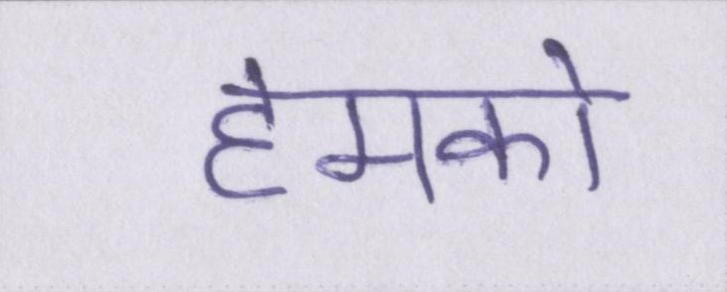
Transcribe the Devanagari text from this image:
हमको